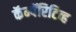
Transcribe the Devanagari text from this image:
कॅम्पॅरिटिव्ह